system: You are a helpful assistant.
user:
Analyze the provided spectrum to determine if it is a **Carbon Star (C-type)**.

- **Key Visual Indicators of Carbon Star:**
    - **(Primary):** Strong molecular absorption from **C₂ (diatomic carbon) "Swan Bands."** This is the **defining feature** of a carbon star.
        - **(Key Bandheads):** Sharp absorption edges are visible at approximately $5635$ Å, $5165$ Å (the strongest band), and $4737$ Å.
        - **(Line Profile):** Creates a distinct **"saw-tooth"** pattern. The key morphology is a sharp, steep bandhead on the **red (long-wavelength) side**, which then gradually tapers off (i.e., flux recovers) towards the **blue (short-wavelength) side**. *(This is the direct opposite of the TiO bands seen in M-type stars)*.

    - **(Secondary):** Intense **CN (cyanogen)** molecular absorption bands.
        - **(Key Bandheads):** Located in the blue and violet regions of the spectrum (e.g., near $4215$ Å and $3883$ Å).
        - **(Morphology):** These bands are extremely broad and act as a "blanket," absorbing the vast majority of blue and violet light. This creates a characteristic **"cliff"** or **"steep drop-off"** in the spectrum's flux at short wavelengths.

    - **(Key Confirmation):** Strong **CH absorption band (G-band)**.
        - **(Key Bandhead):** Located around $4300$ Å. The contribution from CH molecules to this band is exceptionally strong.

    - **(Overall Spectrum):**
        - The continuum is severely "chopped up" by these deep molecular bands, especially C₂, rather than appearing as a smooth curve.
        - Due to the heavy CN and C₂ absorption in the blue-green, the vast majority of the star's flux is concentrated in the red part of the spectrum, giving the star its characteristic deep red color.

Think first, call **spectral_visualization_tool** if needed to examine features in detail, then provide your final answer. Your response must adhere to the following strict rules:
1.  **Overall Structure:** Your response must follow the format `<think>...</think> <tool_call>...</tool_call> (if a tool is used) <answer>...</answer>`.
2.  **Tool Usage Constraint:** You may only make **one** tool call per turn.
3.  **Final Answer Format:** In the `<answer>` tag, your conclusion must be inside a `\boxed{}` command (e.g., `\boxed{YES}`), followed by your justification.

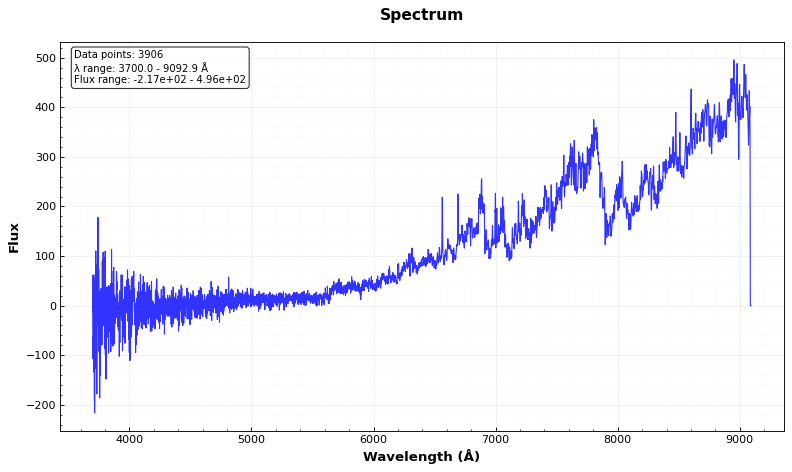
Answer: YES